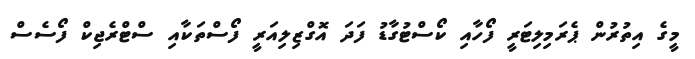
މީގެ އިތުރުން ޕެރަމިލިޓަރީ ފޯހާއި ކޯސްޓުގާޑު ފަދަ އޮގްޒިލިއަރީ ފޯސްތަކާއި ސްޓްރެޖިކް ފޯސެސް